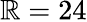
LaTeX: \mathbb{R}=24